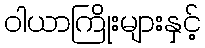
ဝါယာကြိုးများနှင့်